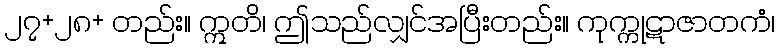
၂၇+၂၈+ တည်း။ ဣတိ၊ ဤသည်လျှင်အပြီးတည်း။ ကုက္ကုဋာဇာတကံ၊